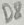
Text: D8